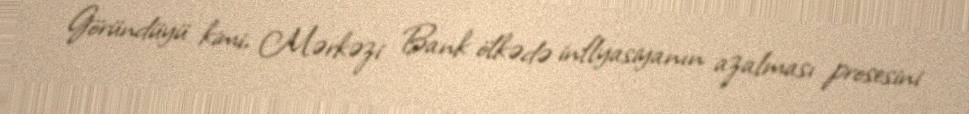
Göründüyü kimi, Mərkəzi Bank ölkədə inflyasiyanın azalması prosesini